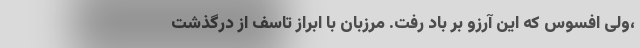
،ولی افسوس که این آرزو بر باد رفت. مرزبان با ابراز تاسف از درگذشت